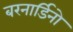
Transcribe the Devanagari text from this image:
बरनार्डिनो